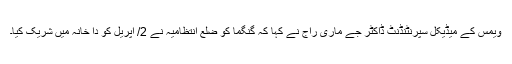
ویمس کے میڈیکل سپرنٹنڈنٹ ڈاکٹر جے ماری راج نے کہا کہ گنگما کو ضلع انتظامیہ نے 2/ اپریل کو دا خانہ میں شریک کیا۔